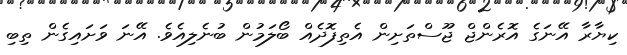
ކިޔާރާ އޭނަގެ އޮރެންޖް ޖޫސްތަށިން އެތިފޮދެއް ބޯލަމުން ބުނެލިއެވެ. އޭނަ ވަށައިގެން ތިބި